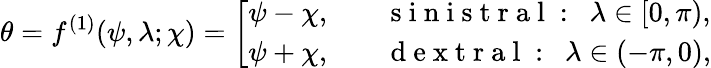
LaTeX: {\theta}=f^{(1)}(\psi,\lambda;\chi)=\left[\begin{array}{ll}{\psi-\chi,}&{\quad\mathrm{~s~i~n~i~s~t~r~a~l~:~}~{\lambda}\in[0,\pi),}\\ {\psi+\chi,}&{\quad\mathrm{~d~e~x~t~r~a~l~:~}~{\lambda}\in(-\pi,0),}\end{array}\right.